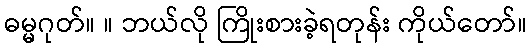
ဓမ္မဂုတ်။ ။ ဘယ်လို ကြိုးစားခဲ့ရတုန်း ကိုယ်တော်။